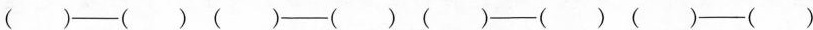
（ ）—— （ ） （ ） —— （ ） （ ） —— （ ） （ ） —— （ ）